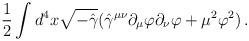
LaTeX: \begin{align*}{1\over 2}\int d^4x \sqrt{-\hat\gamma}(\hat\gamma^{\mu\nu}\partial_\mu\varphi\partial_\nu \varphi+\mu^2\varphi^2)\, .\end{align*}